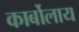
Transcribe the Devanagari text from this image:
कार्बोलाय